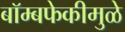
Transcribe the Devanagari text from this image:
बॉम्बफेकीमुळे